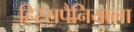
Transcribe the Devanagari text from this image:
हिस्सपैनियाला